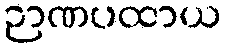
ဉာဏပထာယ